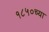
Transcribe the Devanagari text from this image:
१८५०च्या